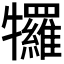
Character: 𭷷